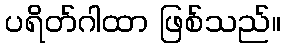
ပရိတ်ဂါထာ ဖြစ်သည်။